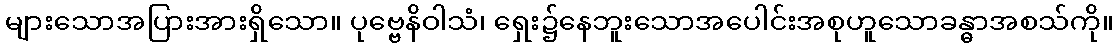
များသောအပြားအားရှိသော။ ပုဗ္ဗေနိဝါသံ၊ ရှေး၌နေဘူးသောအပေါင်းအစုဟူသောခန္ဓာအစသ်ကို။